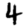
Digit: 4